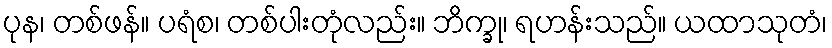
ပုန၊ တစ်ဖန်။ ပရံစ၊ တစ်ပါးတုံလည်း။ ဘိက္ခု၊ ရဟန်းသည်။ ယထာသုတံ၊